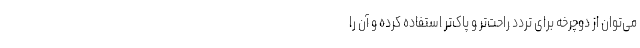
می‌توان از دوچرخه برای تردد راحت‌تر و پاک‌تر استفاده کرده و آن را